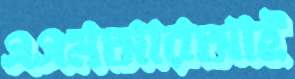
এএমআরআই